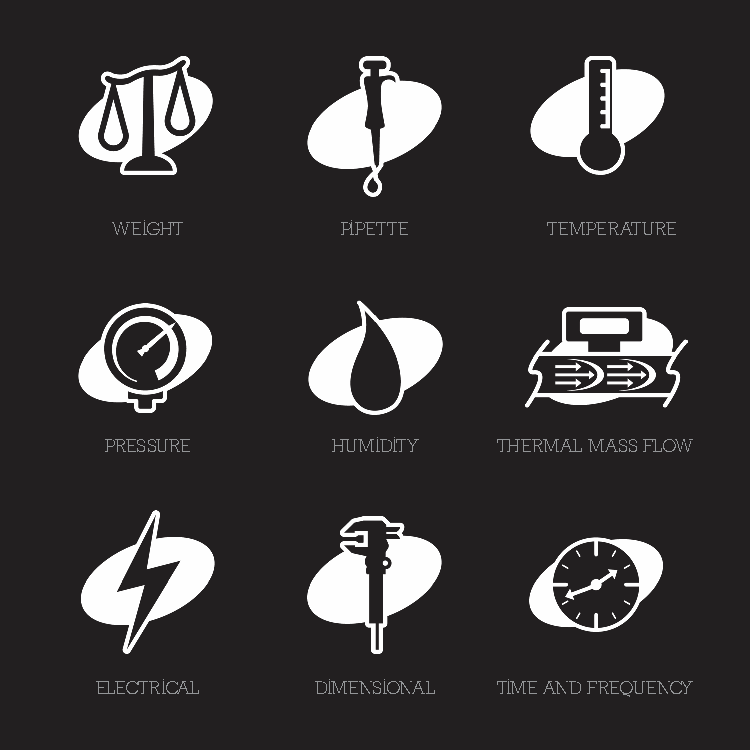
WEIGHT          PIPETTE      TEMPERATURE
 PRESSURE       HUMIDITY   THERMAL MASS FLOW
 ELECTRICAL     DIMENSIONAL TIME AND FREQUENCY